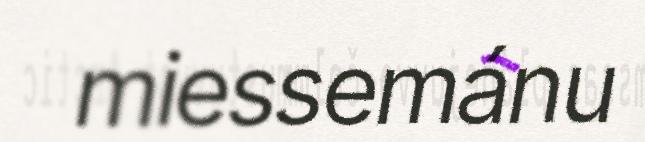
miessemánu